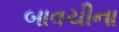
બાવચીના